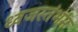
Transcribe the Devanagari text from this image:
ध्‍वजस्‍तंभम